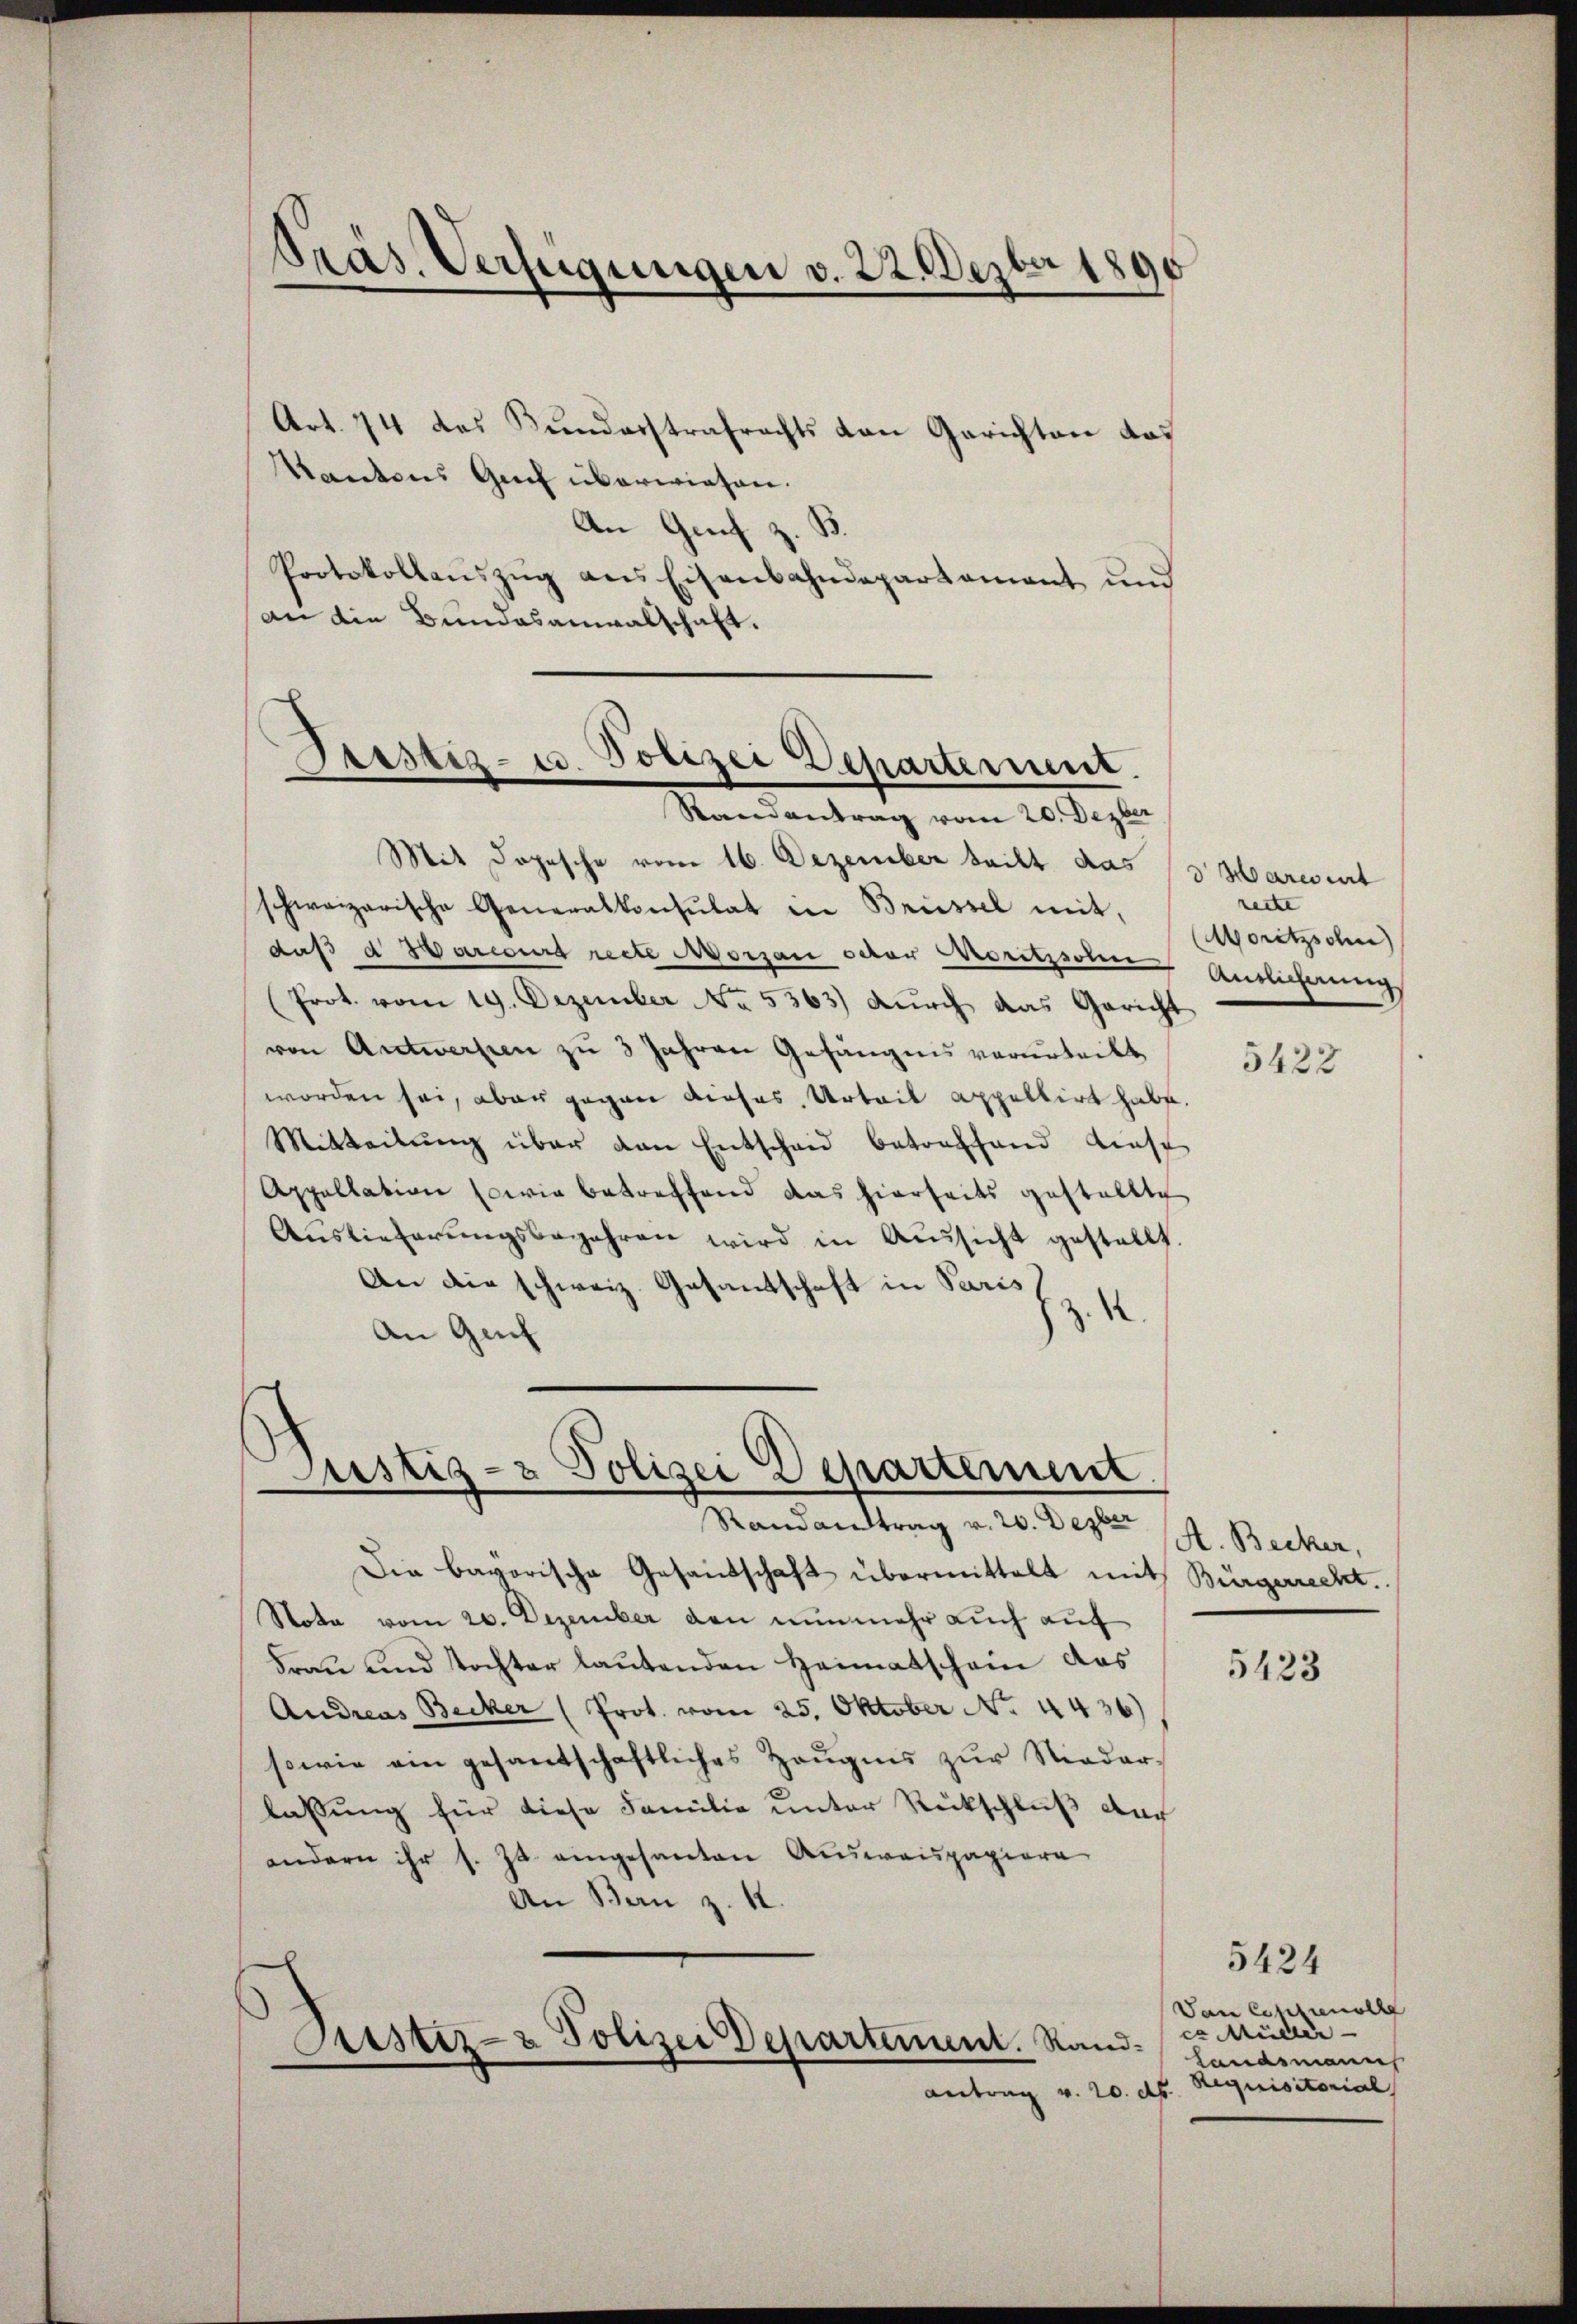
Präs. Verfügungen v. 22. Dezbr 1890

Mit Dopische vom 16. Dezember teilt das
schweizerische Generalkonsulat in Brüssel mit,
daß d Marcurs recte Morgan oder Moritzschen Endlicherung
(Prot. vom 19. Dezember No. 5563) durch das Gericht
von Antwerfen zu 3 Jahren Gefängnis verurteilt,
worden sei, aber gegen dieses Urteil appellirt habe.
Mitteilŭng über den Entscheid betreffend diese
Appellation sowie betreffend das hierseits gestallte
Auslieferŭngsbegehren wird in Aŭssicht gestellt.
An die schweiz. Gesandtschaft in Paris
z. K
An Genf

Art. 74 des Bundesstrafrechts von Gerichten das
Kantons Greif überwiesen.
An Genf z. B.
Protokollanszŭg ans Eisenbahndepartament und
an die Bundesanwalschaft.

Geistiz- u. Polizei Departerint.
—
Randantrag vom 20. Dezber

Justiz- & Polizei Departement
Randantrag v. 20. Dezber

Die bevorische Gesandschaft übermittelt mit Bürgerrecht.
Nota vom 20. Dezember den nunmehr auch auf
Frau und Tochter lautenden Heimatschein das
Andreas Becker (Prot. vom 25. Oktober No. 4436)
sowie ein gesantschaftliches Zeŭgnis zŭr Nieder-
lassung für diese Familie unter Rückschluß auch
andern ihr s. Ja. eingesanten Ausweispapiere
An Bau z. 12.

Piustiz- & Polizei Departement. Standantrag v. 20. d.

d Marcourt
recte
Moritzschn
5423

A. Becker,

5423

5424
Van Cessinell
ex Müller
Landsmann
Requisitorial